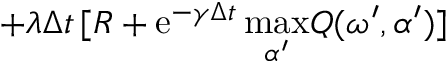
+ \lambda \Delta t \, [ R + \mathrm { e } ^ { - \gamma \Delta t } \operatorname* { m a x } _ { \alpha ^ { \prime } } \! Q ( \omega ^ { \prime } , \alpha ^ { \prime } ) ]